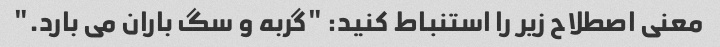
معنی اصطلاح زیر را استنباط کنید: "گربه و سگ باران می بارد."